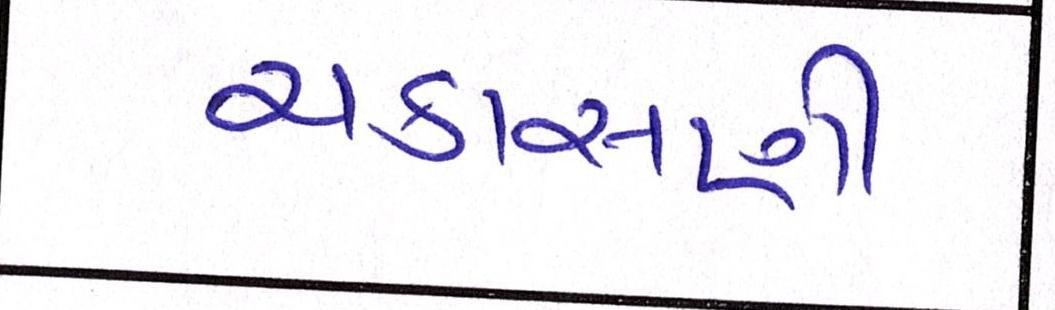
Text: ચકાસણી